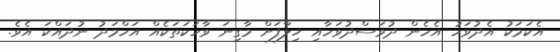
އެކަމަކު އެދުވަހު އެހެން ދުވަސްދުވަހާއި ޚިލާފަށް މާގިނަ ވާހަކަތަކެއް އަހްމަދު ނުދައްކަ އެވެ.